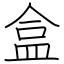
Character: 盒